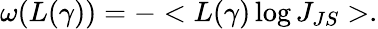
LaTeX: \omega(L(\gamma))=-<L(\gamma)\log J_{JS}>.